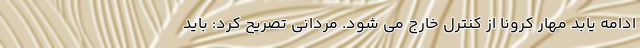
ادامه یابد مهار کرونا از کنترل خارج می شود. مردانی تصریح کرد: باید